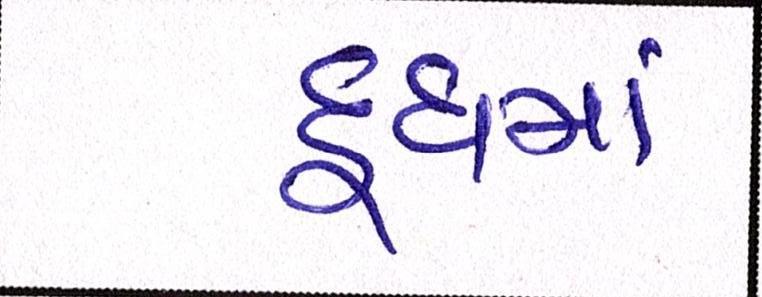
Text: દૂધમાં